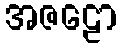
အဇဠော